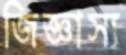
জিজ্ঞাস্য